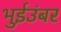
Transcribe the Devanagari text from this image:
भुईउंबर